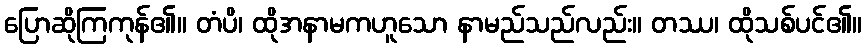
ပြောဆိုကြကုန်၏။ တံပိ၊ ထိုအနာမကဟူသော နာမည်သည်လည်း။ တဿ၊ ထိုသစ်ပင်၏။